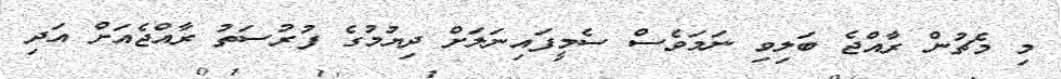
މި މެޗުން ރާއްޖެ ބަލިވި ނަމަވެސް ސެމީފައިނަލަށް ދިޔުމުގެ ފުރުސަތު ރާއްޖެއަށް އަދި